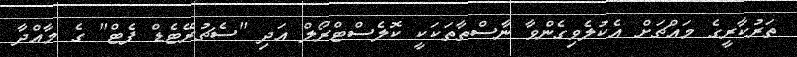
ތަރުކާރީގެ މައްޗަށް އެކުލެވިގެންވާ ނާސްތާތަކަކީ ކޮލެސްޓްރޯލް އަދި "ސެޗުރޭޓެޑް ފެޓް" ގެ މާއްދާ